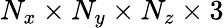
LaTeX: N_{x}\times N_{y}\times N_{z}\times 3